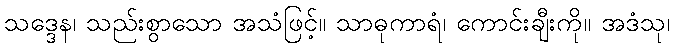
သဒ္ဒေန၊ သည်းစွာသော အသံဖြင့်။ သာဓုကာရံ၊ ကောင်းချီးကို။ အဒံသု၊